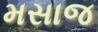
મસાજ